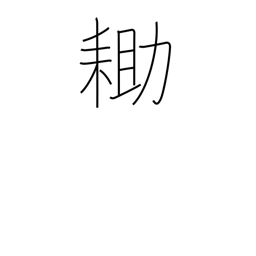
Meaning: spade